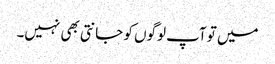
میں تو آپ لوگوں کو جانتی بھی نہیں۔